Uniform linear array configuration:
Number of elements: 4
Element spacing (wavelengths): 0.5
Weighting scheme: hann
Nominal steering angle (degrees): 15
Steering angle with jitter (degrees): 15.094
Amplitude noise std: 0.05
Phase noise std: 0.05

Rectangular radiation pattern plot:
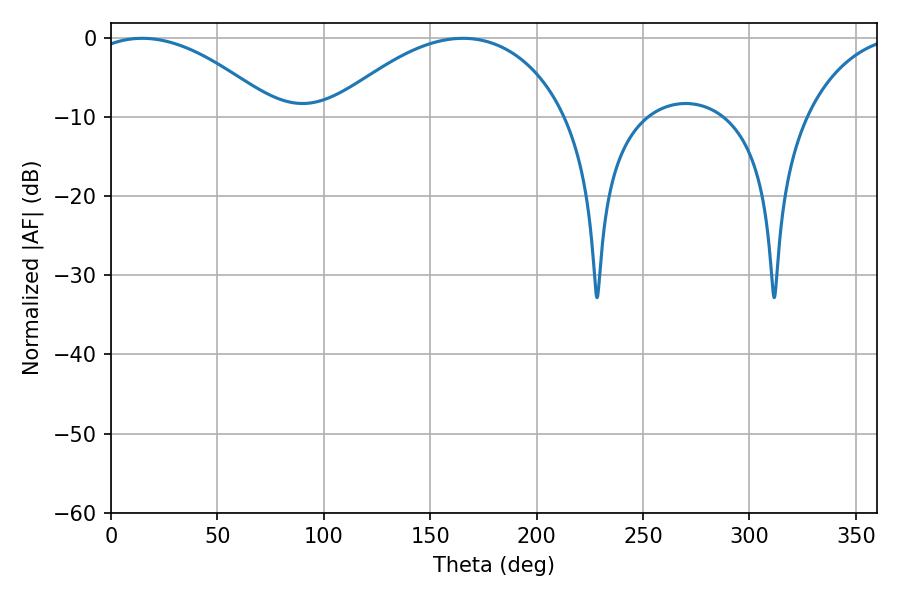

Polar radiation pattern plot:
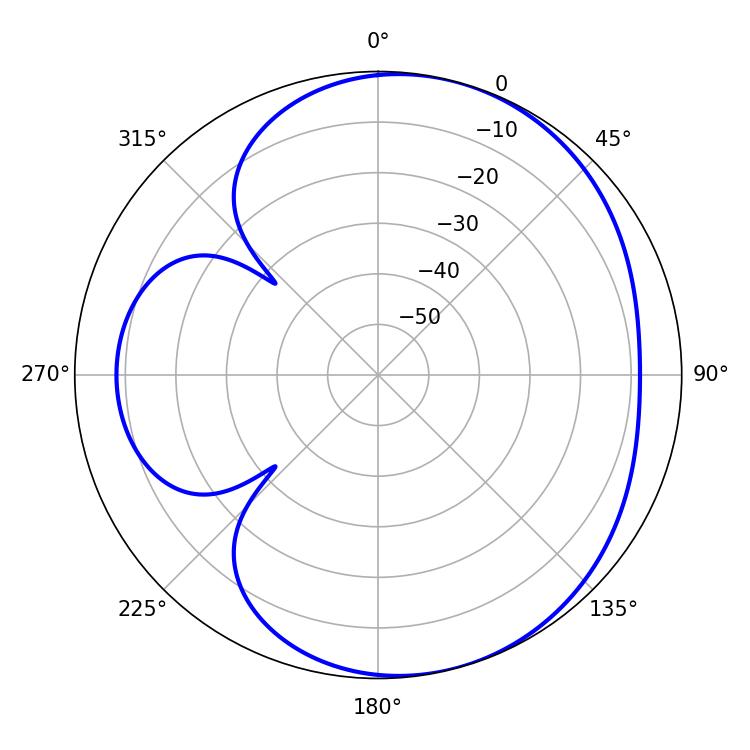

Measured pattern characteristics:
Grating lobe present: FALSE
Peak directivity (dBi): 4.969
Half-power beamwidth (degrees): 48.78
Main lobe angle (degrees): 14.58